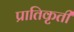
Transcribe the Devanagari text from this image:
प्रातिकृती